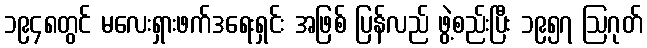
၁၉၄၈တွင် မလေးရှားဖက်ဒရေးရှင်း အဖြစ် ပြန်လည် ဖွဲ့စည်းပြီး ၁၉၅၇ ဩဂုတ်